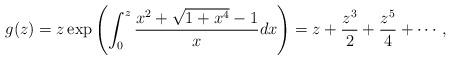
LaTeX: \begin{align*}g(z)=z\exp\left(\int_{0}^{z}\frac{x^2 +\sqrt{1+x^4}-1}{x}dx\right)=z +\frac{z^3}{2} +\frac{z^5}{4}+\cdots,\end{align*}